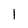
Character: I